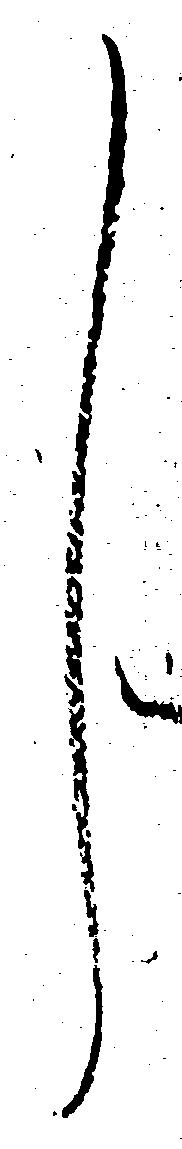
し